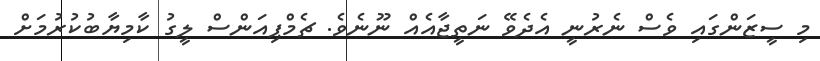
މި ސީޒަންގައި ވެސް ނެރުނީ އެދެވޭ ނަތީޖާއެއް ނޫނެވެ. ޗެމްޕިއަންސް ލީގު ކާމިޔާބުކުރުމަށް